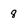
Character: 8